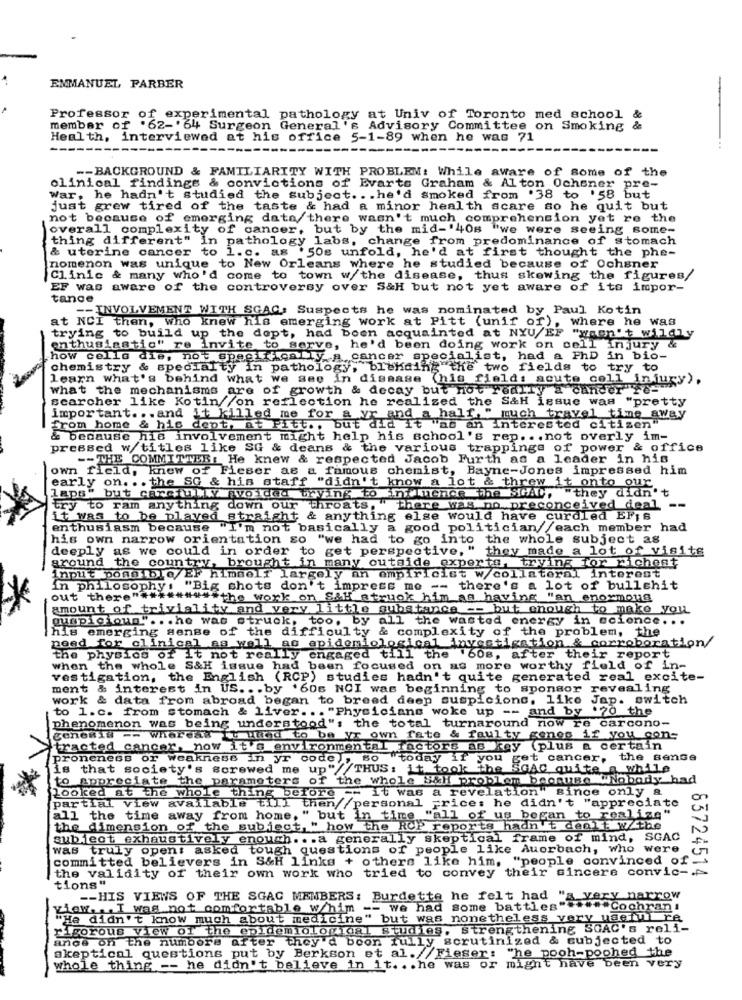
ENMANUEL FARBER
-
Professor of experimental pathology at Univ of Toronto med school &
member of '62-'64 Surgeon General's Advisory Committee on Smoking &
Health, interviewed at his office 5-1-89 when he was 71
-- BACKGROUND & FAMILIARITY WITH PROBLEM: While aware of some of the
clinical findings & convictions of Evarts Graham & Al ton Ochsner pre-
War, he hadn't studied the subject ... he'd smoked from '38 to '58 but
just grew tired of the taste & had a minor health scare so he quit but
not because of emerging data there wasn't much comprehension yet re the
overall complexity of cancer, but by the mid-'40s "we were seeing some-
thing different" in pathology labs, change from predominance of stomach
& uterine cancer to 1.c. as '50s unfold, he'd at first thought the phe-
nomenon was unique to New Orleans where he studied because of Ochsner
Clinic & many who'd come to town w/the disease, thus skewing the figures/
EF was aware of the controversy over S&H but not yet aware of its impor-
tance
-- INVOLVEMENT WITH SGAQ: Suspects he was nominated by Paul Kotin
at NCI then, who knew his emerging work at Pitt (unif of)
. where he was
trying to build up the dept, had been acquainted at NYU/EF "wasn't wildly
enthusiastic" re invite to serve, he'd been doing work on cell injury &
how cells die, not specifically a cancer specialist, had a PhD in bio-
chemistry & specialty in pathology, blending the two fields to try to
learn what's behind what we see in disease (his fields acute cell injury),
what the mechanisms are of growth & decay but not really a cander"Te-
scarcher like Kotin fon reflection he realized the S&H issue was "pretty
important .. . and it killed me for a vr and a half, " much travel time away
from home & his dent, at Pitt ., but did it "as an Interested citizen"
& because his involvement might help his school's rep ... not overly im-
pressed w/titles like SG & deans & the various trappings of power & office
-- THE COMMITTER: He knew & respected Jacob Furth as a leader in his
own field, knew of Fieser as a famous chemist, Bayne-Jones impressed him
early on. .. the SG & his staff "didn't know a lot & threw it onto our
laps" but carefully avoided trying to influence the SCAC,
."they didn't
try to ram anything down our throats, "there was no preconceived deal --
it was to be played straight & anything else would have curdled EFis
enthusiasm because "I'm not basically a good politician//each member had
his own narrow orientation so "we had to go into the whole
subject a8
deeply as we could in order to get perspective, "
they made a lot of visite
around
the country, brought in many outside experts, trying for richent
input possible/EF himself largely an empiricist w/collateral interent
in philosophy. "Big shots don't impress me -- there's a lot of bullshit
out there" ********* the work on S&H struck him as having "an enormous
amount of triviality and very little substance -- but enough to make you
guspicioun" ... he was struck, too, by all the wasted energy in science ...
his emerging sense of the difficulty & complexity of the problem, the
need for clinical as well as epidemiological investigation & corroboration/
the physics of it not really engaged till the '60s, after their report
when the whole S&H issue had been focused on as more worthy field of in-
vestigation, the English (RCP) studies hadn't quite generated real excite-
ment & interest in US ... by '606 NCI was beginning to sponsor revealing
work & data from abroad began to breed deep suspicions, like Jap. switch
to 1.c. from stomach & liver. .. "Physicians woke up -- and by '70 the
phenomenon was being understood"s the total turnaround now re carcono-
genesis -- whereas to mind to be ys own fate & faulty genes if you con-
tracted cancer, now it's environmental factors as key (plus a certain
proneness or weakness in yr code , so today if you get cancer, the sense
is that society's screwed me up"//THUS: it took the SGAC quite
to appreciate the parameters of the whole S&H problem because Nobody had
Looked at the whole thing before -- it was a revelation" since only a
partial view available till then//personal prices he didn't "appreciate
all the time away from home, " but in time "all of us began to realize"
the dimension of the subject, " how the ROP reports hadn't dealt W/the
subject exhaustively enough ... a generally skeptical frame of mind, SGAC
was truly open: asked tough questions of people like Auerbach, who were
committed believers in S&H links + others like him, "people convinced of.
the validity of their own work who tried to convey their sincere convic -. P
83724514
tions"
-- HIS VIEWS OF THE SGAG MEMBERS: Burdette he felt had "a very narrow
view ... I was not comfortable whim -- we had
some battles" ***** Cochran:
"He didn't know much about medicine" but was nonetheless very useful re
rigorous view of the epidemiological studies. strengthening SOAC's roli-
ance on the numbers after they'd boon fully scrutinized & subjected to
skeptical questions put by Berkson et al. /Fieser: "he pooh-poohed the
whole thing -- he didn't believe in it ... he was or might have been very